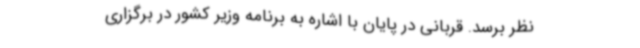
نظر برسد. قربانی در پایان با اشاره به برنامه وزیر کشور در برگزاری